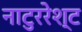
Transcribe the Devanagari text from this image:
नाटुररेश्ट